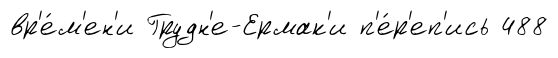
вр'е́м'ен'и Грудн'е-Ермак'и п'е́р'еп'ись 488